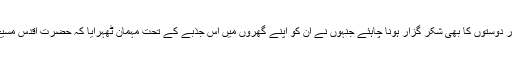
پھر مہمانوں کو ان عزیزوں، رشتہ داروں اور دوستوں کا بھی شکر گزار ہونا چاہئے جنہوں نے ان کو اپنے گھروں میں اس جذبے کے تحت مہمان ٹھہرایا کہ حضرت اقدس مسیح موعود علیہ الصلوٰۃ والسلام کے مہمان ہیں۔